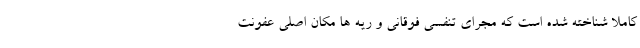
کاملا شناخته شده است که مجرای تنفسی فوقانی و ریه ها مکان اصلی عفونت